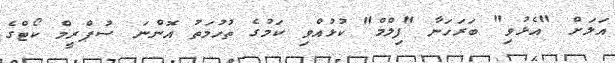
އަލަށް "އެޅުވި" ބަރަހަނާ "ފިލްމް" ކުޅުއްވި ކަމުގެ ތުހުމަތު އޮންނަ ސުޕްރީމް ކޯޓްގެ